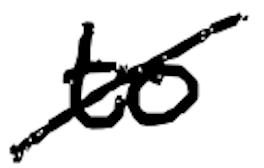
Text: to
Cross-out: diagonal
Writing tool: digital_black